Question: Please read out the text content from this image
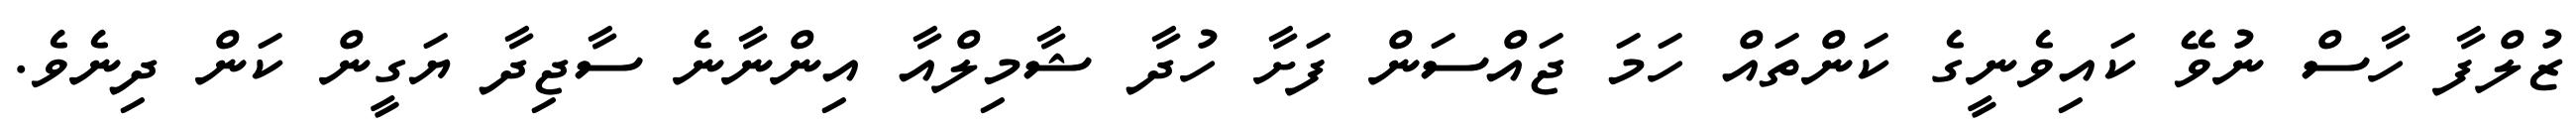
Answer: ޒުލްފާ ހާސް ނުވޭ ކައިވެނީގެ ކަންތައް ހަމަ ޖައްސަން ފަށާ ހުދާ ޝާމިލްއާ އިންނާނެ ސާޖިދާ ޔަގީން ކަން ދިނެވެ.